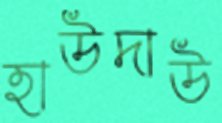
হাউদাউ